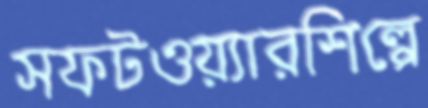
সফটওয়্যারশিল্পে